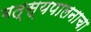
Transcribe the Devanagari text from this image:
मत्स्यपालनाचा